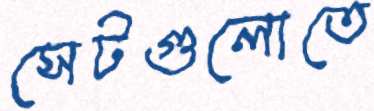
সেটগুলোতে